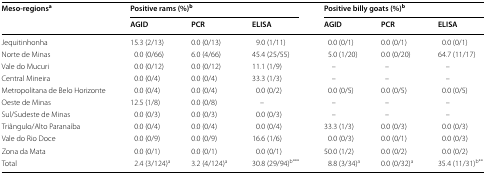
<table><thead><tr><td rowspan="2"><b>Meso-regions<sup>a</sup></b></td><td colspan="3"><b>Positive rams (%)<sup>b</sup></b></td><td colspan="3"><b>Positive billy goats (%)<sup>b</sup></b></td></tr><tr><td><b>AGID</b></td><td><b>PCR</b></td><td><b>ELISA</b></td><td><b>AGID</b></td><td><b>PCR</b></td><td><b>ELISA</b></td></tr></thead><tbody><tr><td>Jequitinhonha</td><td>15.3 (2/13)</td><td>0.0 (0/13)</td><td>9.0 (1/11)</td><td>0.0 (0/1)</td><td>0.0 (0/1)</td><td>0.0 (0/1)</td></tr><tr><td>Norte de Minas</td><td>0.0 (0/66)</td><td>6.0 (4/66)</td><td>45.4 (25/55)</td><td>5.0 (1/20)</td><td>0.0 (0/20)</td><td>64.7 (11/17)</td></tr><tr><td>Vale do Mucuri</td><td>0.0 (0/12)</td><td>0.0 (0/12)</td><td>11.1 (1/9)</td><td>–</td><td>–</td><td>–</td></tr><tr><td>Central Mineira</td><td>0.0 (0/4)</td><td>0.0 (0/4)</td><td>33.3 (1/3)</td><td>–</td><td>–</td><td>–</td></tr><tr><td>Metropolitana de Belo Horizonte</td><td>0.0 (0/4)</td><td>0.0 (0/4)</td><td>0.0 (0/2)</td><td>0.0 (0/5)</td><td>0.0 (0/5)</td><td>0.0 (0/5)</td></tr><tr><td>Oeste de Minas</td><td>12.5 (1/8)</td><td>0.0 (0/8)</td><td>–</td><td>–</td><td>–</td><td>–</td></tr><tr><td>Sul/Sudeste de Minas</td><td>0.0 (0/3)</td><td>0.0 (0/3)</td><td>0.0 (0/3)</td><td>–</td><td>–</td><td>–</td></tr><tr><td>Triângulo/Alto Paranaíba</td><td>0.0 (0/4)</td><td>0.0 (0/4)</td><td>0.0 (0/4)</td><td>33.3 (1/3)</td><td>0.0 (0/3)</td><td>0.0 (0/3)</td></tr><tr><td>Vale do Rio Doce</td><td>0.0 (0/9)</td><td>0.0 (0/9)</td><td>16.6 (1/6)</td><td>0.0 (0/3)</td><td>0.0 (0/1)</td><td>0.0 (0/3)</td></tr><tr><td>Zona da Mata</td><td>0.0 (0/1)</td><td>0.0 (0/1)</td><td>0.0 (0/1)</td><td>50.0 (1/2)</td><td>0.0 (0/2)</td><td>0.0 (0/2)</td></tr><tr><td>Total</td><td>2.4 (3/124)<sup>a</sup></td><td>3.2 (4/124)<sup>a</sup></td><td>30.8 (29/94)<sup>b***</sup></td><td>8.8 (3/34)<sup>a</sup></td><td>0.0 (0/32)<sup>a</sup></td><td>35.4 (11/31)<sup>b**</sup></td></tr></tbody></table>